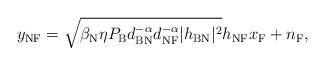
LaTeX: \begin{align*}y_{\textrm{NF}}=\sqrt{\beta_{\textrm{N}} \eta P_\textrm{B} d_{\textrm{BN}}^{-\alpha} d_{\textrm{NF}}^{-\alpha} |h_{\textrm{BN}}|^2 } h_{\textrm{NF}} x_{\textrm{F}}+n_{\textrm{F}},\end{align*}